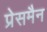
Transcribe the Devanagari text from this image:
प्रेसमैन